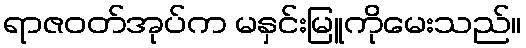
ရာဇဝတ်အုပ်က မနှင်းမြူကိုမေးသည်။